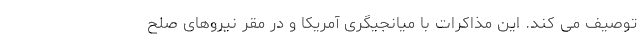
توصیف می کند. این مذاکرات با میانجیگری آمریکا و در مقر نیروهای صلح